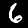
Label: 6